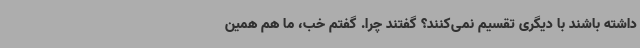
داشته باشند با دیگری تقسیم نمی‌کنند؟ گفتند چرا. گفتم خب، ما هم همین